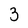
Character: 3